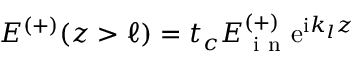
E ^ { ( + ) } ( z > \ell ) = t _ { c } E _ { \mathrm { ~ i ~ n ~ } } ^ { ( + ) } \mathrm { e } ^ { \mathrm { i } k _ { l } z }